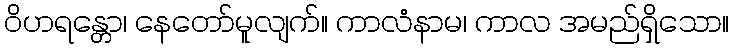
ဝိဟရန္တော၊ နေတော်မူလျက်။ ကာလံနာမ၊ ကာလ အမည်ရှိသော။